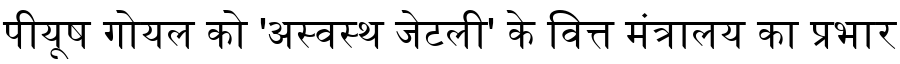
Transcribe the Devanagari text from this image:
पीयूष गोयल को 'अस्वस्थ जेटली' के वित्त मंत्रालय का प्रभार